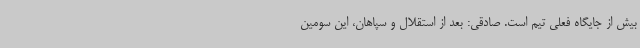
بیش از جایگاه فعلی تیم است. صادقی: بعد از استقلال و سپاهان، این سومین